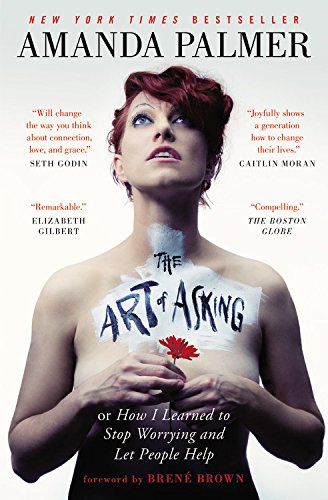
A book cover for The Art of Asking: How I Learned to Stop Worrying and Let People Help; Amanda Palmer; Humor & Entertainment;